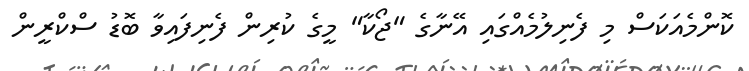
ކޮންމެއަކަސް މި ފެނިލުމެއްގައި އޭނާގެ "ޖޯކާ" މީގެ ކުރިން ފެނިފައިވާ ބޮޑު ސްކްރީން